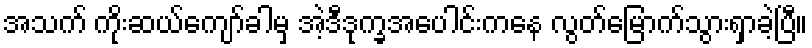
အသက် ကိုးဆယ်ကျော်ခါမှ အဲ့ဒီဒုက္ခအပေါင်းကနေ လွတ်မြောက်သွားရှာခဲ့ပြီ။